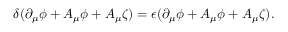
\delta ( \partial _ { \mu } \phi + A _ { \mu } \phi + A _ { \mu } \zeta ) = \epsilon ( \partial _ { \mu } \phi + A _ { \mu } \phi + A _ { \mu } \zeta ) .